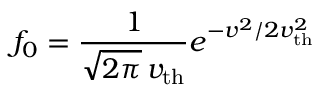
f _ { 0 } = \frac { 1 } { \sqrt { 2 \pi } \, v _ { \mathrm { t h } } } e ^ { - v ^ { 2 } / 2 v _ { \mathrm { t h } } ^ { 2 } }